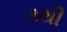
૩થી